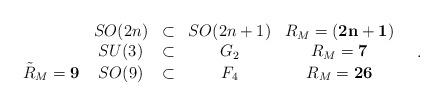
LaTeX: \begin{align*}\begin{array}{ccccc} & SO(2n) & \subset & SO(2n+1) & R_M = {\bf (2n+1)} \\ & SU(3) & \subset & G_2 & R_M = {\bf 7} \\\tilde{R}_M = {\bf 9} & SO(9) & \subset & F_4 & R_M = {\bf 26} \end{array} \quad .\end{align*}